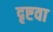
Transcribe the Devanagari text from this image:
दृष्टवा